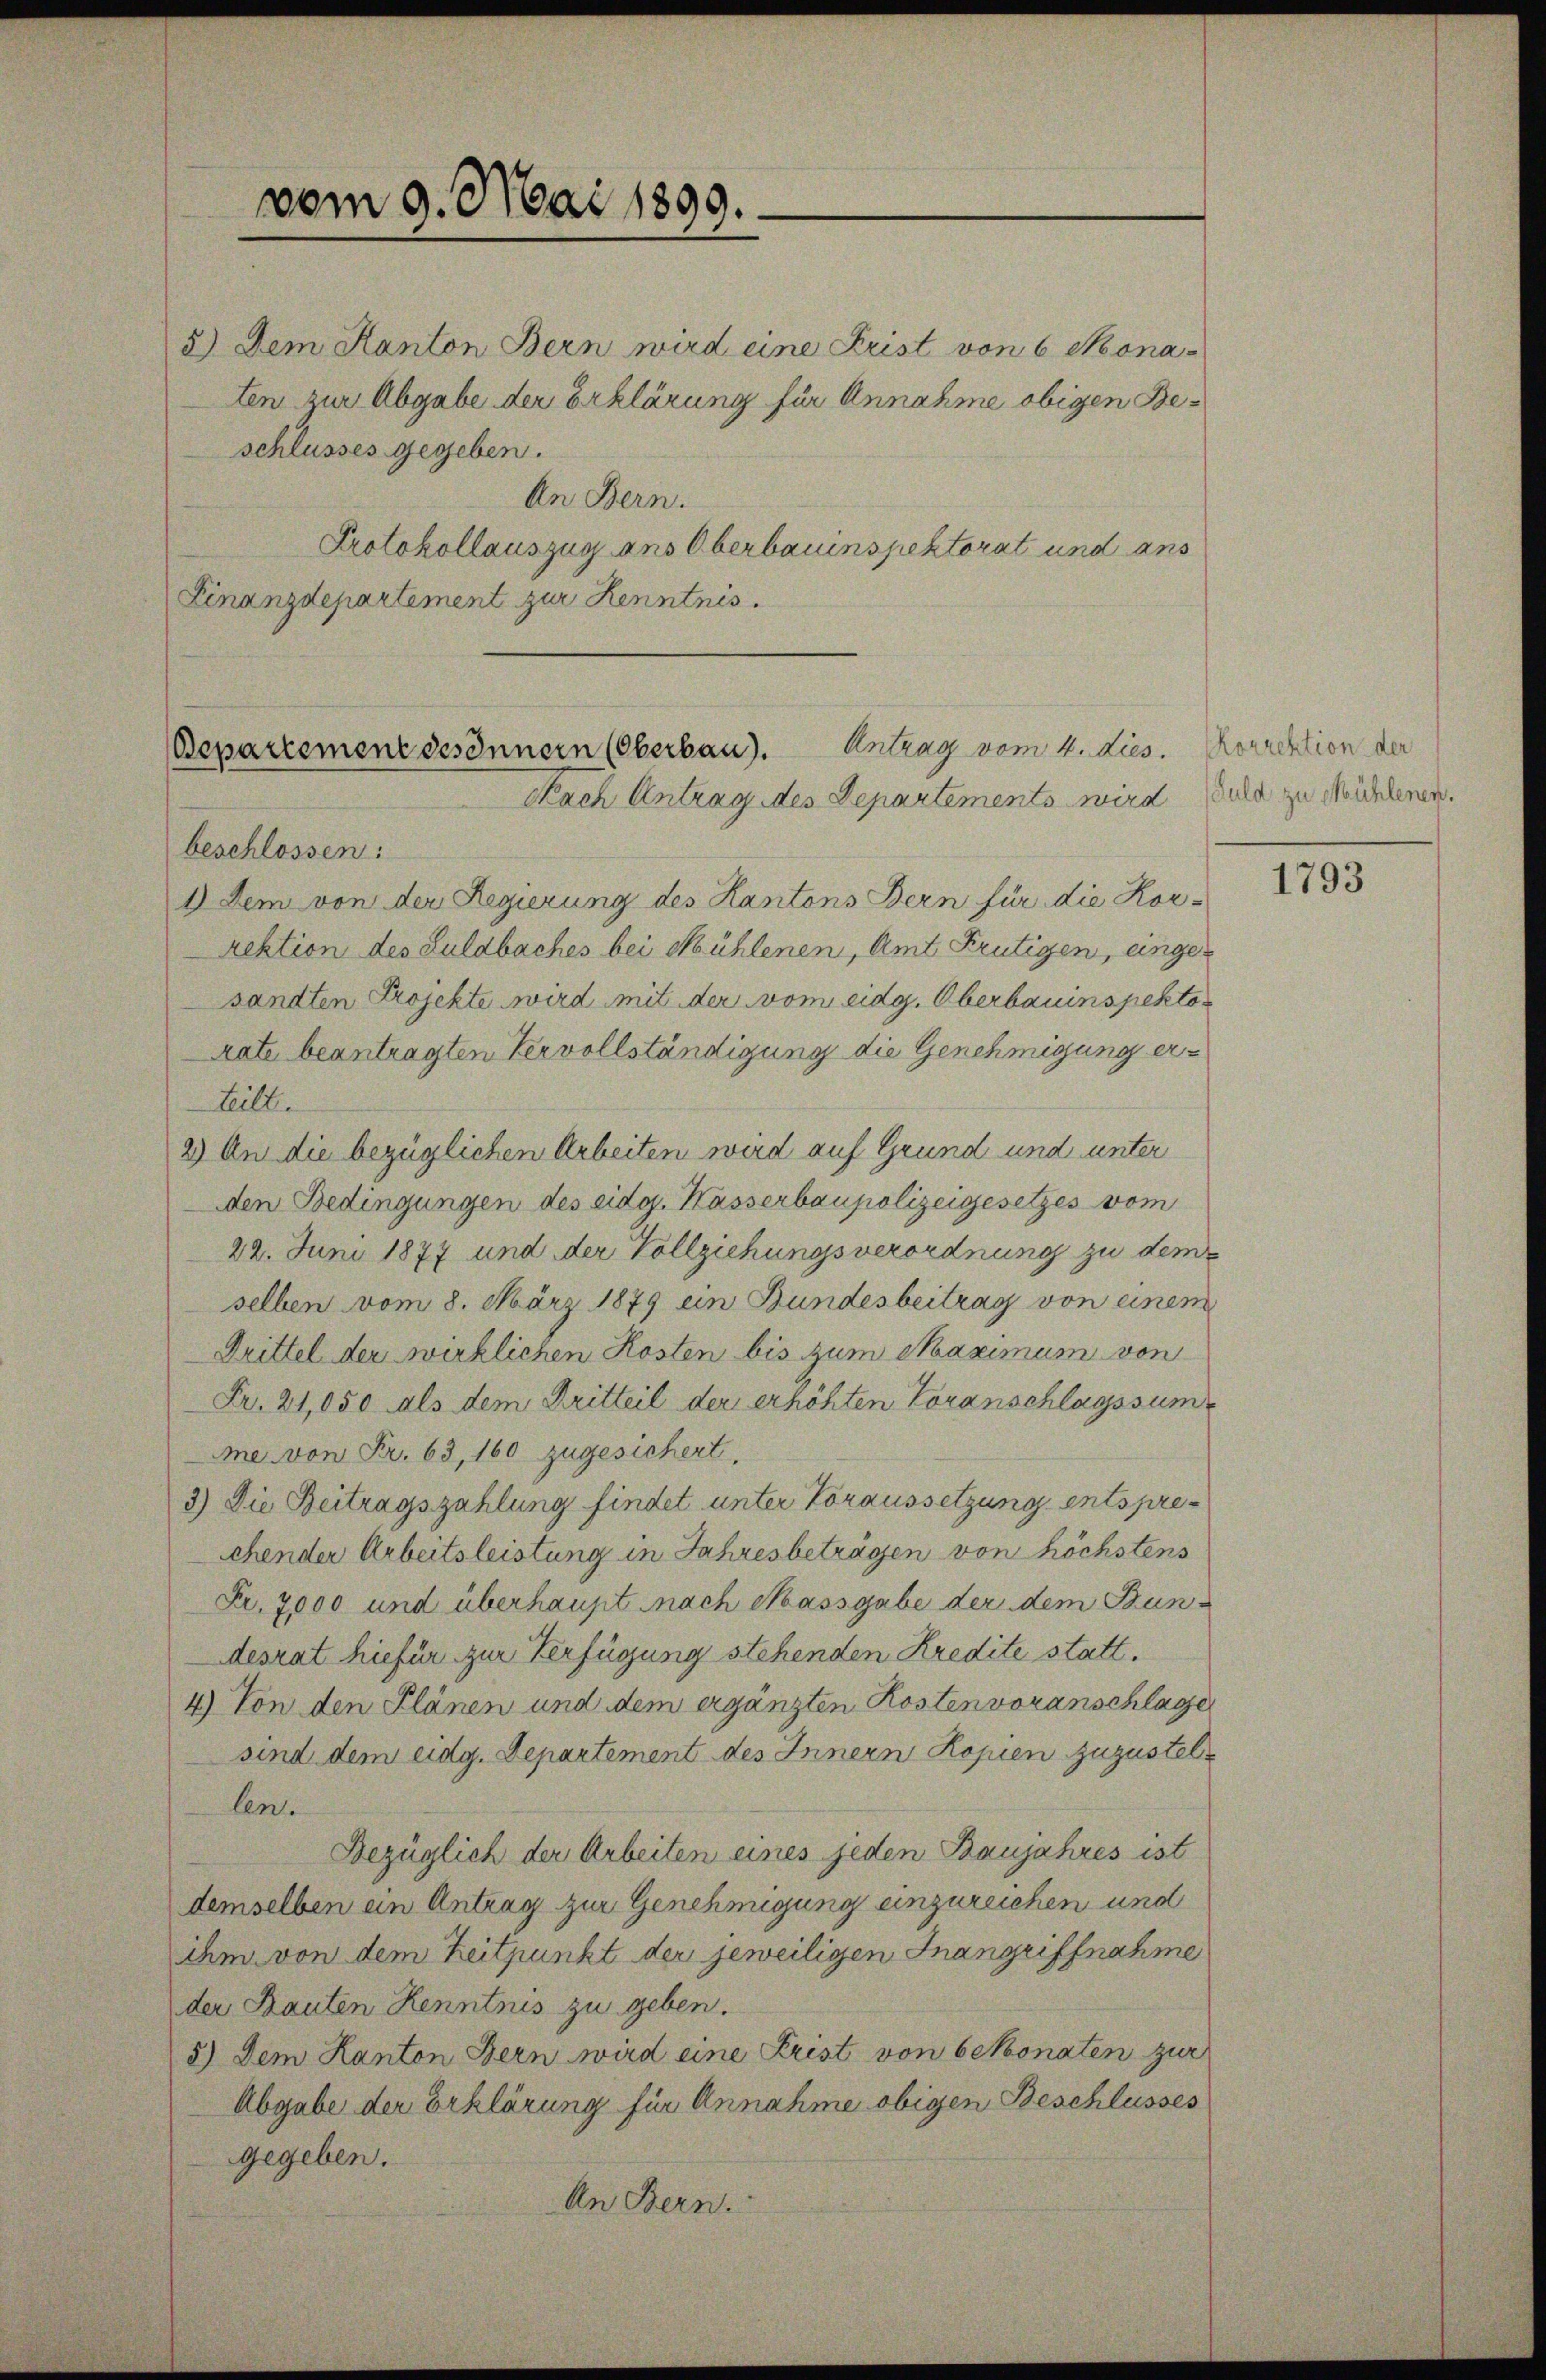
vom 9. Mai 1899.

3.) Dem Kanton Bern wird eine Frist von 6 Mona-
ten zur Abgabe der Erklärung für Annahme obigen Beschlusses gegeben.
An Bern.
Protokollauszug ans Oberbauinspektorat und ans
Finanzdepartement zur Kenntnis.

Bepartemene desinnern (Oberbau). Antrag vom 4. Dies
Nach Antrag des Departements wird Sula zu Mühlenen

beschlossen:
1) Dem von der Regierung des Kantons Bern für die Korrektion des Luldbaches bei Mühlenen, Amt Frutigen, eingesandten Projekte wird mit der vom eidg. Oberbauinspektor
Rate beantragten Vervollständigung die Genehmigung er¬
Leill
2) An die bezüglichen Arbeiten wird auf Grund und unter
den Bedingungen des eidg. Kasserbaupolizeigesetzes vom
22. Juni 1877 und der Vollziehungsverordnung zu dem
selben vom 8. März 1879 ein Bundesbeitrag von einem
Drittel der wirklichen Kosten bis zum Maximum von
Fr. 21,050 als dem Dritteil der erhöhten Voranschlagssumme von Fr. 63, 160 zugesichert.
3.) Die Beitragszahlung findet unter Voraussetzung entsprechender Arbeitsleistung in Jahresbeträgen von höchstens
Fr. 7000 und überhaupt nach Massgabe der dem Bundesrat hiefür zur Verfügung stehenden Kredite statt.
4) Von den Plänen und dem ergänzten Kostenvoranschlage
sind dem eidg. Departement des Innern Kopien zuzustellen.
Bezüglich der Arbeiten eines jeden Baujahres ist
demselben ein Antrag zur Genehmigung einzureichen und
ihm von dem Zeitpunkt der jeweiligen Inangriffnahme
der Bauten Kenntnis zu geben.
5.) Dem Kanton Bern wird eine Frist von bekonaten zur
Abgabe der Erklärung für Annahme obigen Beschlusses
gegeben.
An Bern.

Korrektion der

1793